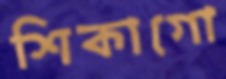
শিকাগো